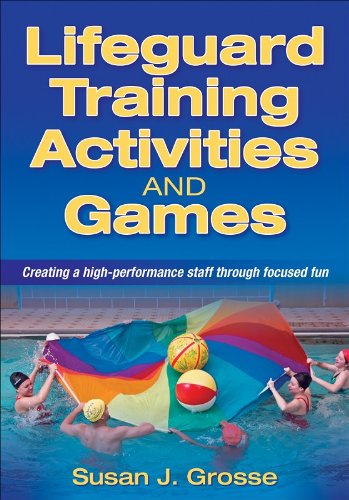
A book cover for Lifeguard Training Activities and Games; Susan Grosse; Health, Fitness & Dieting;